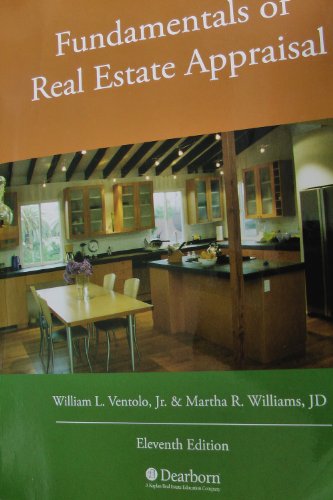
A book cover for Fundamentals of Real Estate Appraisal; William L., Jr. Ventolo; Business & Money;